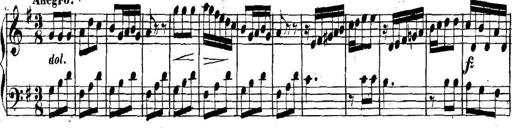
Title: Collected Piano Sonatas
Composer: Muzio Clementi